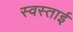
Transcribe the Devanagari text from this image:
स्वस्ताई